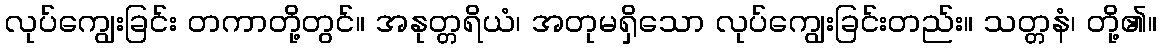
လုပ်ကျွေးခြင်း တကာတို့တွင်။ အနုတ္တရိယံ၊ အတုမရှိသော လုပ်ကျွေးခြင်းတည်း။ သတ္တနံ၊ တို့၏။